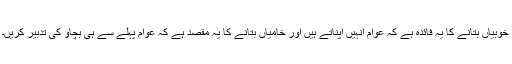
خوبیاں بتانے کا یہ فائدہ ہے کہ عوام انہیں اپناتے ہیں اور خامیاں بتانے کا یہ مقصد ہے کہ عوام پہلے سے ہی بچاو کی تدبیر کریں۔